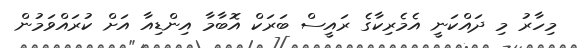
މިހާރު މި ދައްކަނީ އެމެރިކާގެ ރައީސް ބަަރަކް އޮބާމާ އިންޑިއާ އަށް ކުރައްވަމުން